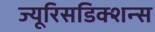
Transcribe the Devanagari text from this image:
ज्यूरिसडिक्शन्स